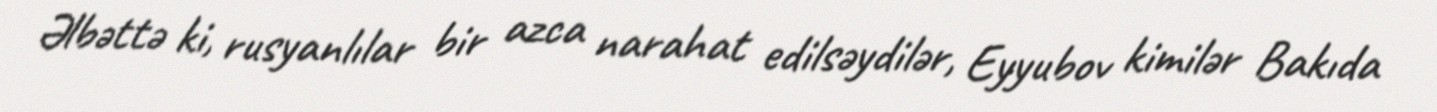
Əlbəttə ki, rusyanlılar bir azca narahat edilsəydilər, Eyyubov kimilər Bakıda